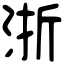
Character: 浙